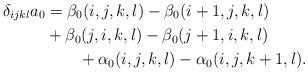
LaTeX: \begin{align*}\delta_{ijkl}a_0 &= \beta_0(i,j,k,l) - \beta_0(i+1,j,k,l) \\&{} + \beta_0(j,i,k,l) - \beta_0(j+1,i,k,l) \\&\qquad{} + \alpha_0(i,j,k,l) - \alpha_0(i,j,k+1,l).\end{align*}